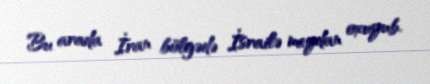
Bu arada İran bölgədə İsrailə meydan oxuyub.